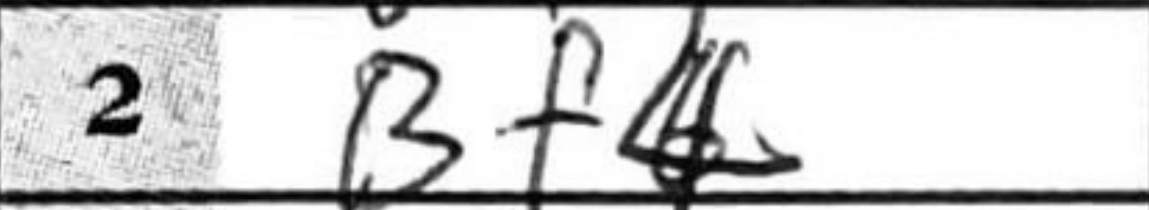
Transcription: Bf4